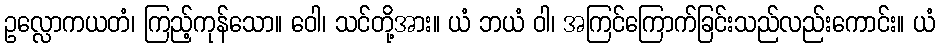
ဥလ္လောကယတံ၊ ကြည့်ကုန်သော။ ဝေါ၊ သင်တို့အား။ ယံ ဘယံ ဝါ၊ အကြင်ကြောက်ခြင်းသည်လည်းကောင်း။ ယံ